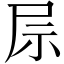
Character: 𫵖